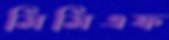
সিসিএফ